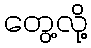
တွေ့လို့